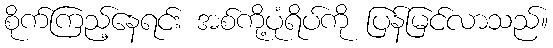
စိုက်ကြည့်နေရင်း အစ်ကို့ပုံရိပ်ကို ပြန်မြင်လာသည်။